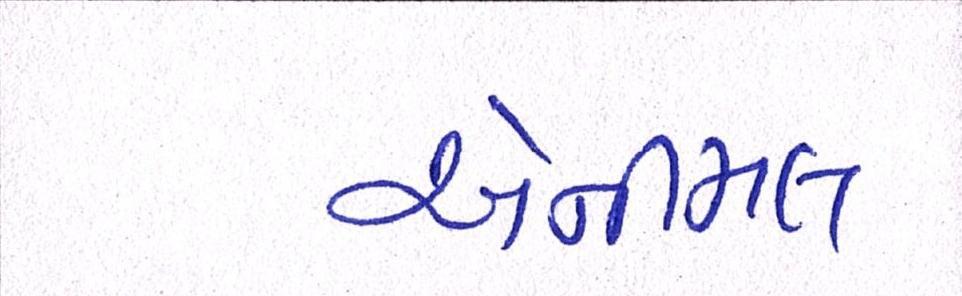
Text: એનીમલ